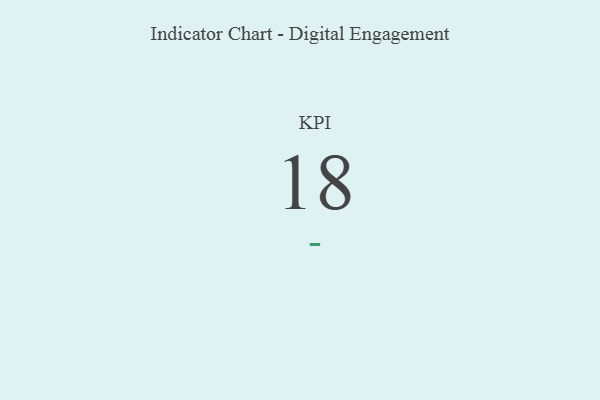
{"axis": {"x": "KPI", "y": "Value"}, "legend": [""], "data": [{"x": "KPI", "y": 18, "type": ""}]}